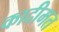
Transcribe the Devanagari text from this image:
कादीमत